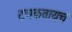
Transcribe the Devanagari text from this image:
दचकवायचं